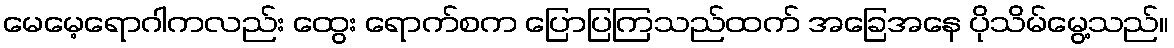
မေမေ့ရောဂါကလည်း ထွေး ရောက်စက ပြောပြကြသည်ထက် အခြေအနေ ပိုသိမ်မွေ့သည်။